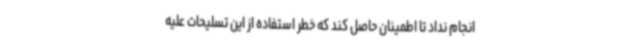
انجام نداد تا اطمینان حاصل کند که خطر استفاده از این تسلیحات علیه